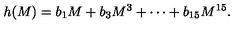
h ( M ) = b _ { 1 } M + b _ { 3 } M ^ { 3 } + \cdots + b _ { 1 5 } M ^ { 1 5 } .